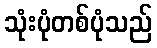
သုံးပုံတစ်ပုံသည်